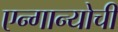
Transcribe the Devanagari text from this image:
एन्गान्योची